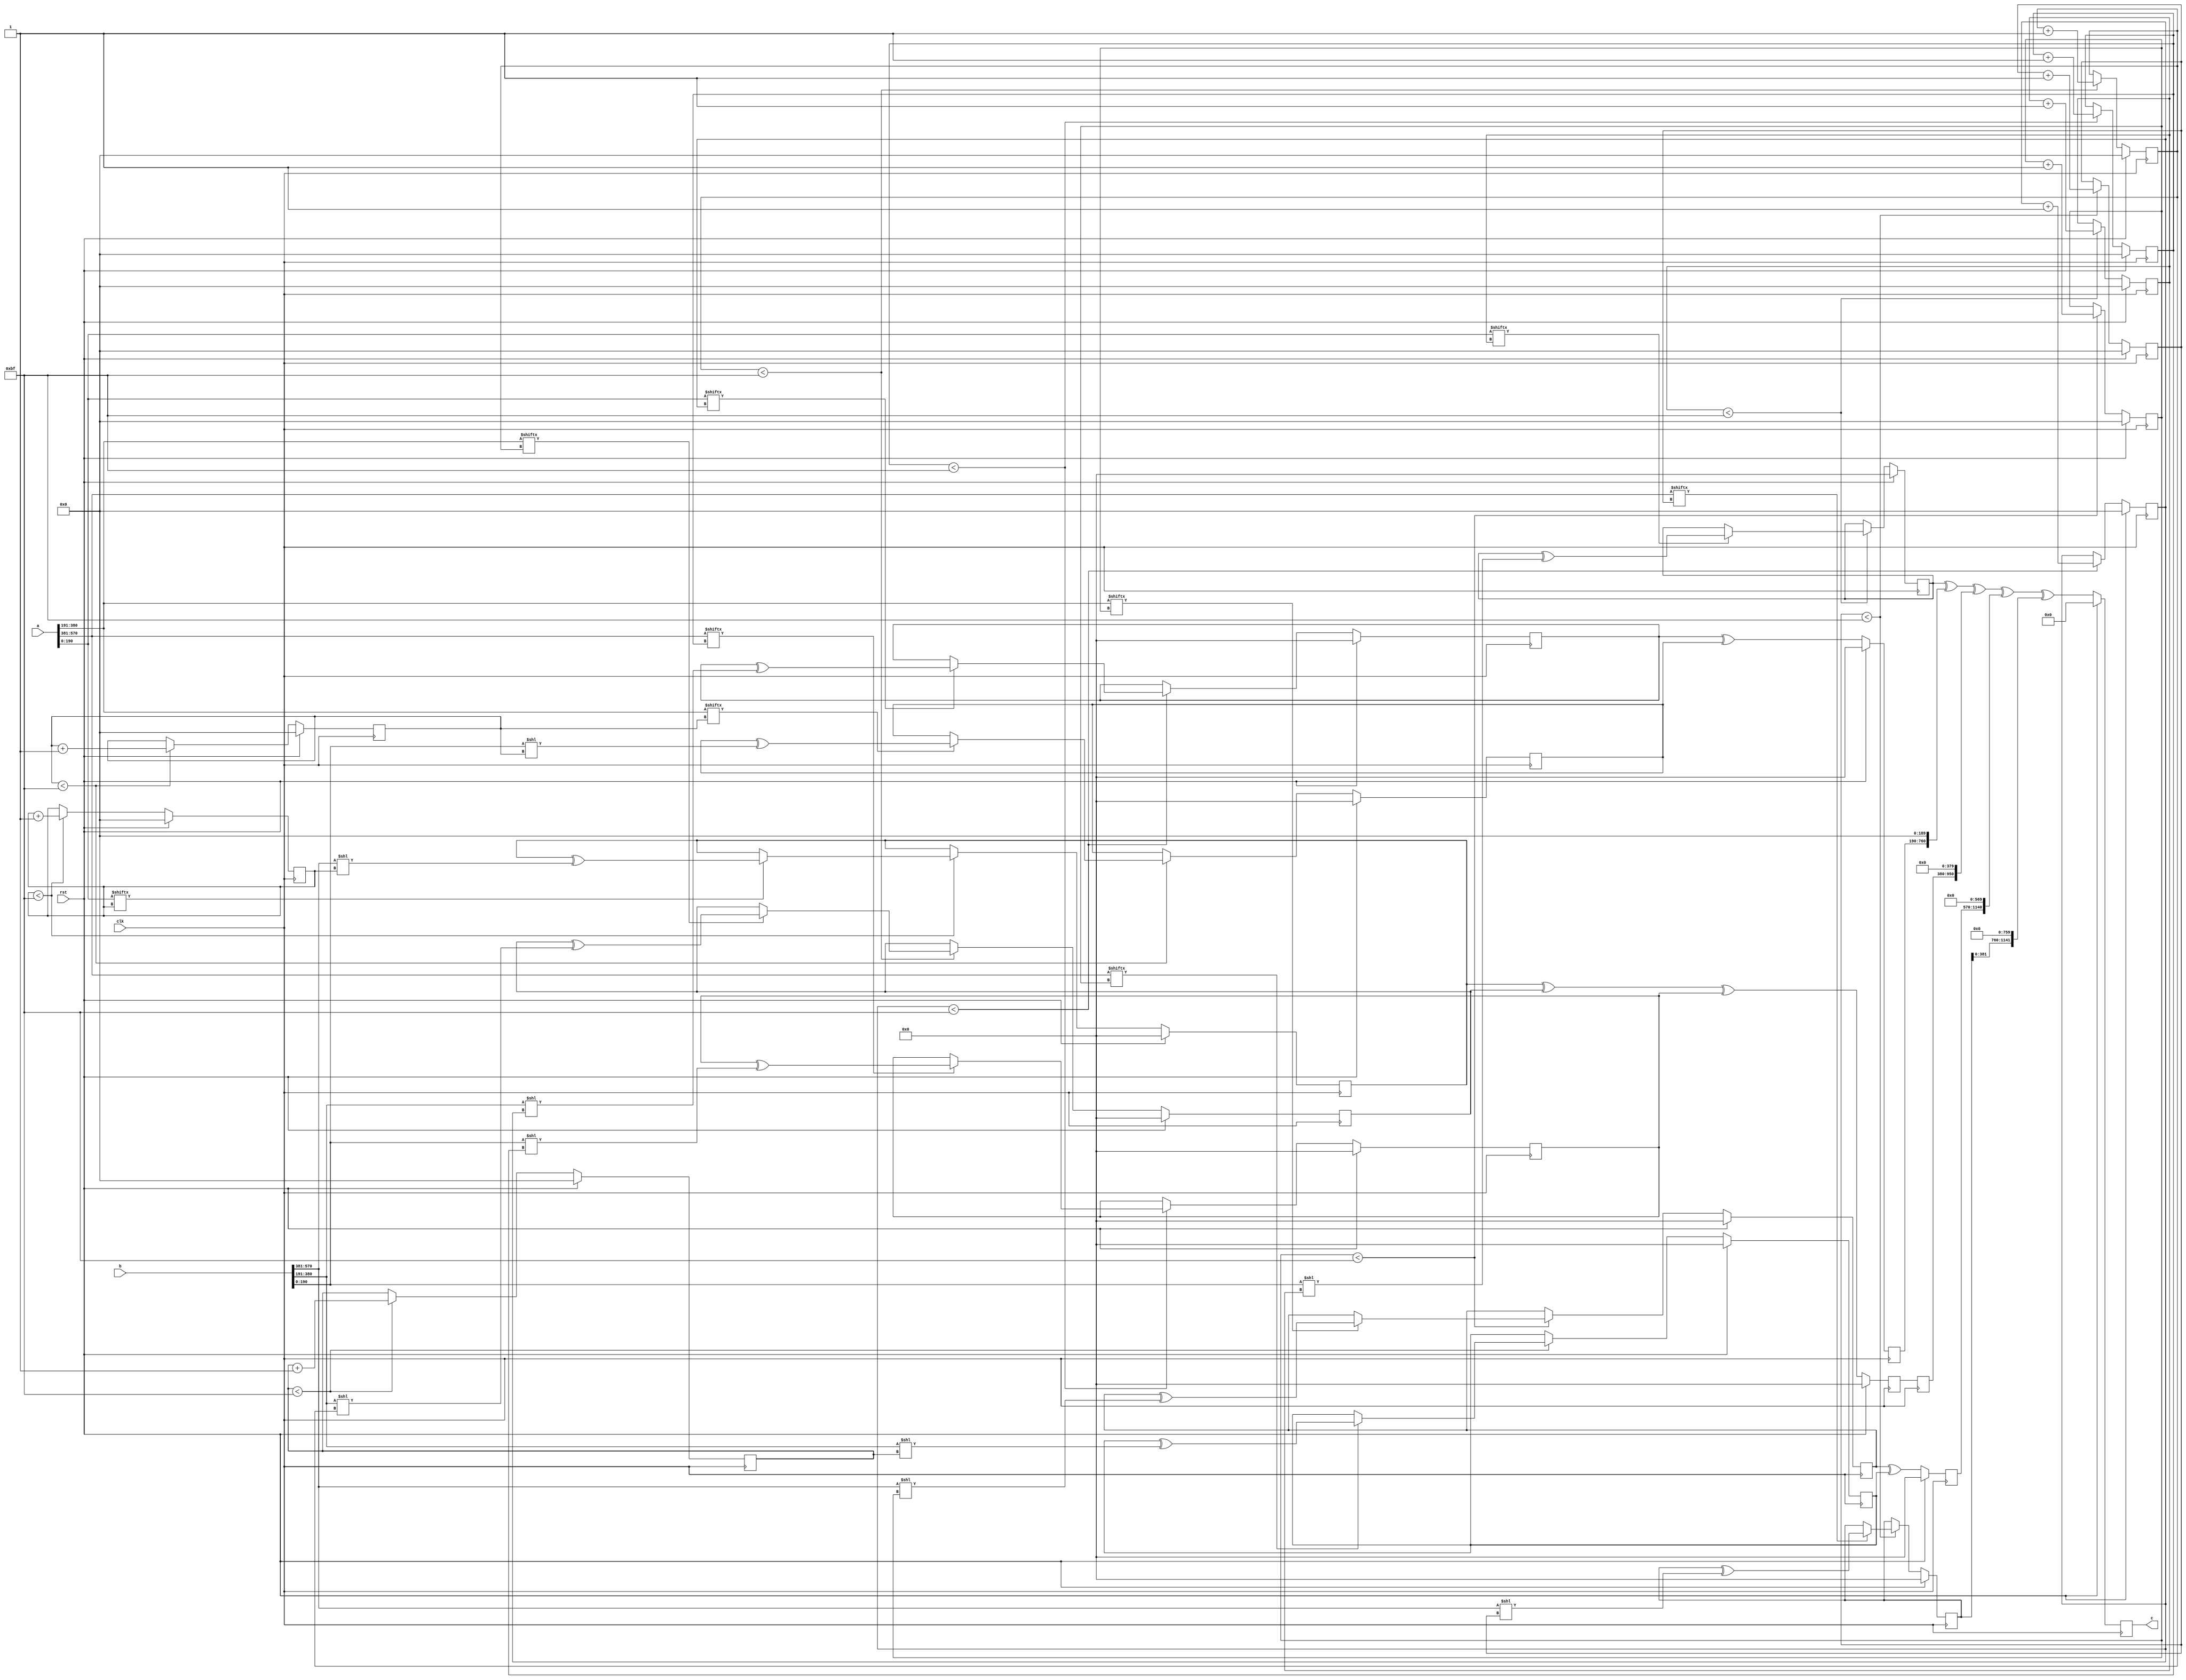
// TalTech large integer multiplier library
// Multiplier type: three_way_toom_cook
// Parameters: 571 571 2
// Target tool: genus
// Here, we split the input operands into three equal sizes571
module three_way_toom_cook(clk, rst, a, b, c);
input clk;
input rst;
input [570:0] a;
input [570:0] b;
output reg [1141:0] c;

// Pipeline register declaration 
reg [570:0] c_temp_1;

// Wires declaration 
wire  [190:0] a0;
wire  [189:0] a1;
wire  [189:0] a2;
wire  [190:0] b0;
wire  [189:0] b1;
wire  [189:0] b2;

// Registers declaration 
reg  [189:0] counter_d;
reg  [189:0] counter_e1;
reg  [189:0] counter_e2;
reg  [189:0] counter_f1;
reg  [189:0] counter_f2;
reg  [189:0] counter_f3;
reg  [189:0] counter_g1;
reg  [189:0] counter_g2;
reg  [189:0] counter_h;
reg  [570:0] d;
reg  [570:0] e1_mul;
reg  [570:0] e2_mul;
reg  [570:0] e;
reg  [570:0] f1_mul;
reg  [570:0] f2_mul;
reg  [570:0] f3_mul;
reg  [570:0] f;
reg  [570:0] g1_mul;
reg  [570:0] g2_mul;
reg  [570:0] g;
reg  [570:0] h;
reg  [1141:0] temp;

// Initial assignments to wires
assign a0 = a[190:0];
assign a1 = a[380:191];
assign a2 = a[570:381];
assign b0 = b[190:0];
assign b1 = b[380:191];
assign b2 = b[570:381];

// Step-1 of 3-Way TCM Multiplier
always @(posedge clk) begin
	if (rst) begin
		d <= 571'd0;
		counter_d <= 190'd0;
	end
	else if (counter_d < 191) begin
		if (a2[counter_d] == 1'b1) begin
			d <= d ^ (b2 << counter_d);
			counter_d <= counter_d + 1;
		end
		counter_d <= counter_d + 1;
	end
end

// Step-2 (Part-1) of 3-Way TCM Multiplier
always @(posedge clk) begin
	if (rst) begin
		e1_mul <= 571'd0;
		counter_e1 <= 190'd0;
	end
	else if (counter_e1 < 191) begin
		if (a1[counter_e1] == 1'b1) begin
			e1_mul <= e1_mul ^ (b2 << counter_e1);
			counter_e1 <= counter_e1 + 1;
		end
		counter_e1 <= counter_e1 + 1;
	end
end

// Step-2 (Part-2) of 3-Way TCM Multiplier
always @(posedge clk) begin
	if (rst) begin
		e2_mul <= 571'd0;
		counter_e2 <= 190'd0;
	end
	else if (counter_e2 < 191) begin
		if (a2[counter_e1] == 1'b1) begin
			e2_mul <= e2_mul ^ (b1 << counter_e2);
			counter_e2 <= counter_e2 + 1;
		end
		counter_e2 <= counter_e2 + 1;
	end
end

// Step-2 (Part-3) of 3-Way TCM Multiplier
always @(posedge clk) begin
	if (rst) begin
		e <= 571'd0;
	end
	else begin
		e <= e1_mul ^ e2_mul; 
	end
end

// Step-3 (Part-1) of 3-Way TCM Multiplier
always @(posedge clk) begin
	if (rst) begin
		f1_mul <= 571'd0;
		counter_f1 <= 190'd0;
	end
	else if (counter_f1 < 191) begin
		if (a0[counter_f1] == 1'b1) begin
			f1_mul <= f1_mul ^ (b2 << counter_f1);
			counter_f1 <= counter_f1 + 1;
		end
		counter_f1 <= counter_f1 + 1;
	end
end

// Step-3 (Part-2) of 3-Way TCM Multiplier
always @(posedge clk) begin
	if (rst) begin
		f2_mul <= 571'd0;
		counter_f2 <= 190'd0;
	end
	else if (counter_f2 < 191) begin
		if (a1[counter_f2] == 1'b1) begin
			f2_mul <= f2_mul ^ (b1 << counter_f2);
			counter_f2 <= counter_f2 + 1;
		end
		counter_f2 <= counter_f2 + 1;
	end
end

// Step-3 (Part-3) of 3-Way TCM Multiplier
always @(posedge clk) begin
	if (rst) begin
		f3_mul <= 571'd0;
		counter_f3 <= 190'd0;
	end
	else if (counter_f3 < 191) begin
		if (a2[counter_f3] == 1'b1) begin
			f3_mul <= f3_mul ^ (b0 << counter_f3);
			counter_f3 <= counter_f3 + 1;
		end
		counter_f3 <= counter_f3 + 1;
	end
end

// Step-3 (Part-4) of 3-Way TCM Multiplier
always @(posedge clk) begin
	if (rst) begin
		f <= 571'd0;
	end
	else begin
		f <= f1_mul ^ f2_mul ^ f3_mul; 
	end
end

// Step-4 (Part-1) of 3-Way TCM Multiplier
always @(posedge clk) begin
	if (rst) begin
		g1_mul <= 571'd0;
		counter_g1 <= 190'd0;
	end
	else if (counter_g1 < 191) begin
		if (a0[counter_g1] == 1'b1) begin
			g1_mul <= g1_mul ^ (b1 << counter_g1);
			counter_g1 <= counter_g1 + 1;
		end
		counter_g1 <= counter_g1 + 1;
	end
end

// Step-4 (Part-2) of 3-Way TCM Multiplier
always @(posedge clk) begin
	if (rst) begin
		g2_mul <= 571'd0;
		counter_g2 <= 190'd0;
	end
	else if (counter_g2 < 191) begin
		if (a1[counter_g2] == 1'b1) begin
			g2_mul <= g2_mul ^ (b0 << counter_g2);
			counter_g2 <= counter_g2 + 1;
		end
		counter_g2 <= counter_g2 + 1;
	end
end

// Step-4 (Part-3) of 3-Way TCM Multiplier
always @(posedge clk) begin
	if (rst) begin
		g <= 571'd0;
	end
	else begin
		g <= g1_mul ^ g2_mul; 
	end
end

// Step-5 of 3-Way TCM Multiplier
always @(posedge clk) begin
	if (rst) begin
		h <= 571'd0;
		counter_h <= 190'd0;
	end
	else if (counter_h < 191) begin
		if (a0[counter_h] == 1'b1) begin
			h <= h ^ (b0 << counter_h);
			counter_h <= counter_h + 1;
		end
	counter_h <= counter_h + 1;
	end
end

// Step-6 of 3-Way TCM Multiplier
always @(posedge clk) begin
	if (rst) begin
		temp = 1142'd0;
		c = 1142'd0;
	end
	else begin
		temp = h;
		temp = temp ^ (g << 190);
		temp = temp ^ (c_temp_1 << 380);
		temp = temp ^ (e << 570);
		temp = temp ^ (d << 760);
		c = temp;
	end
end

// pipeline stages
always @(posedge clk) begin
	c_temp_1 <= f;
end
endmodule